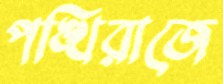
পঙ্খিরাজে